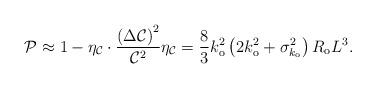
LaTeX: \begin{align*}\mathcal{P}\approx1-\eta_{\mathcal{C}}\cdot\frac{\left( \Delta\mathcal{C}\right) ^{2}}{\mathcal{C}_{}^{2}}\eta_{\mathcal{C}}\overset{}{=}\frac{8}{3}k_{\mathrm{o}}^{2}\left( 2k_{\mathrm{o}}^{2}+\sigma_{k_{\mathrm{o}}}^{2}\right) R_{\mathrm{o}}L^{3}. \end{align*}